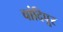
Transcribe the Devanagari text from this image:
चांदिपूर